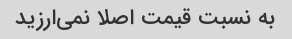
به نسبت قیمت اصلا نمی‌ارزید